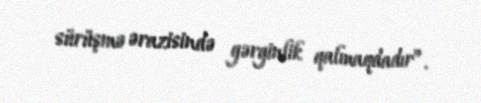
sürüşmə ərazisində gərginlik qalmaqdadır”.